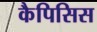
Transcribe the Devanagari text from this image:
कैपिसिस